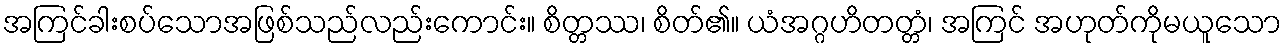
အကြင်ခါးစပ်သောအဖြစ်သည်လည်းကောင်း။ စိတ္တဿ၊ စိတ်၏။ ယံအဂ္ဂဟိတတ္တံ၊ အကြင် အဟုတ်ကိုမယူသော